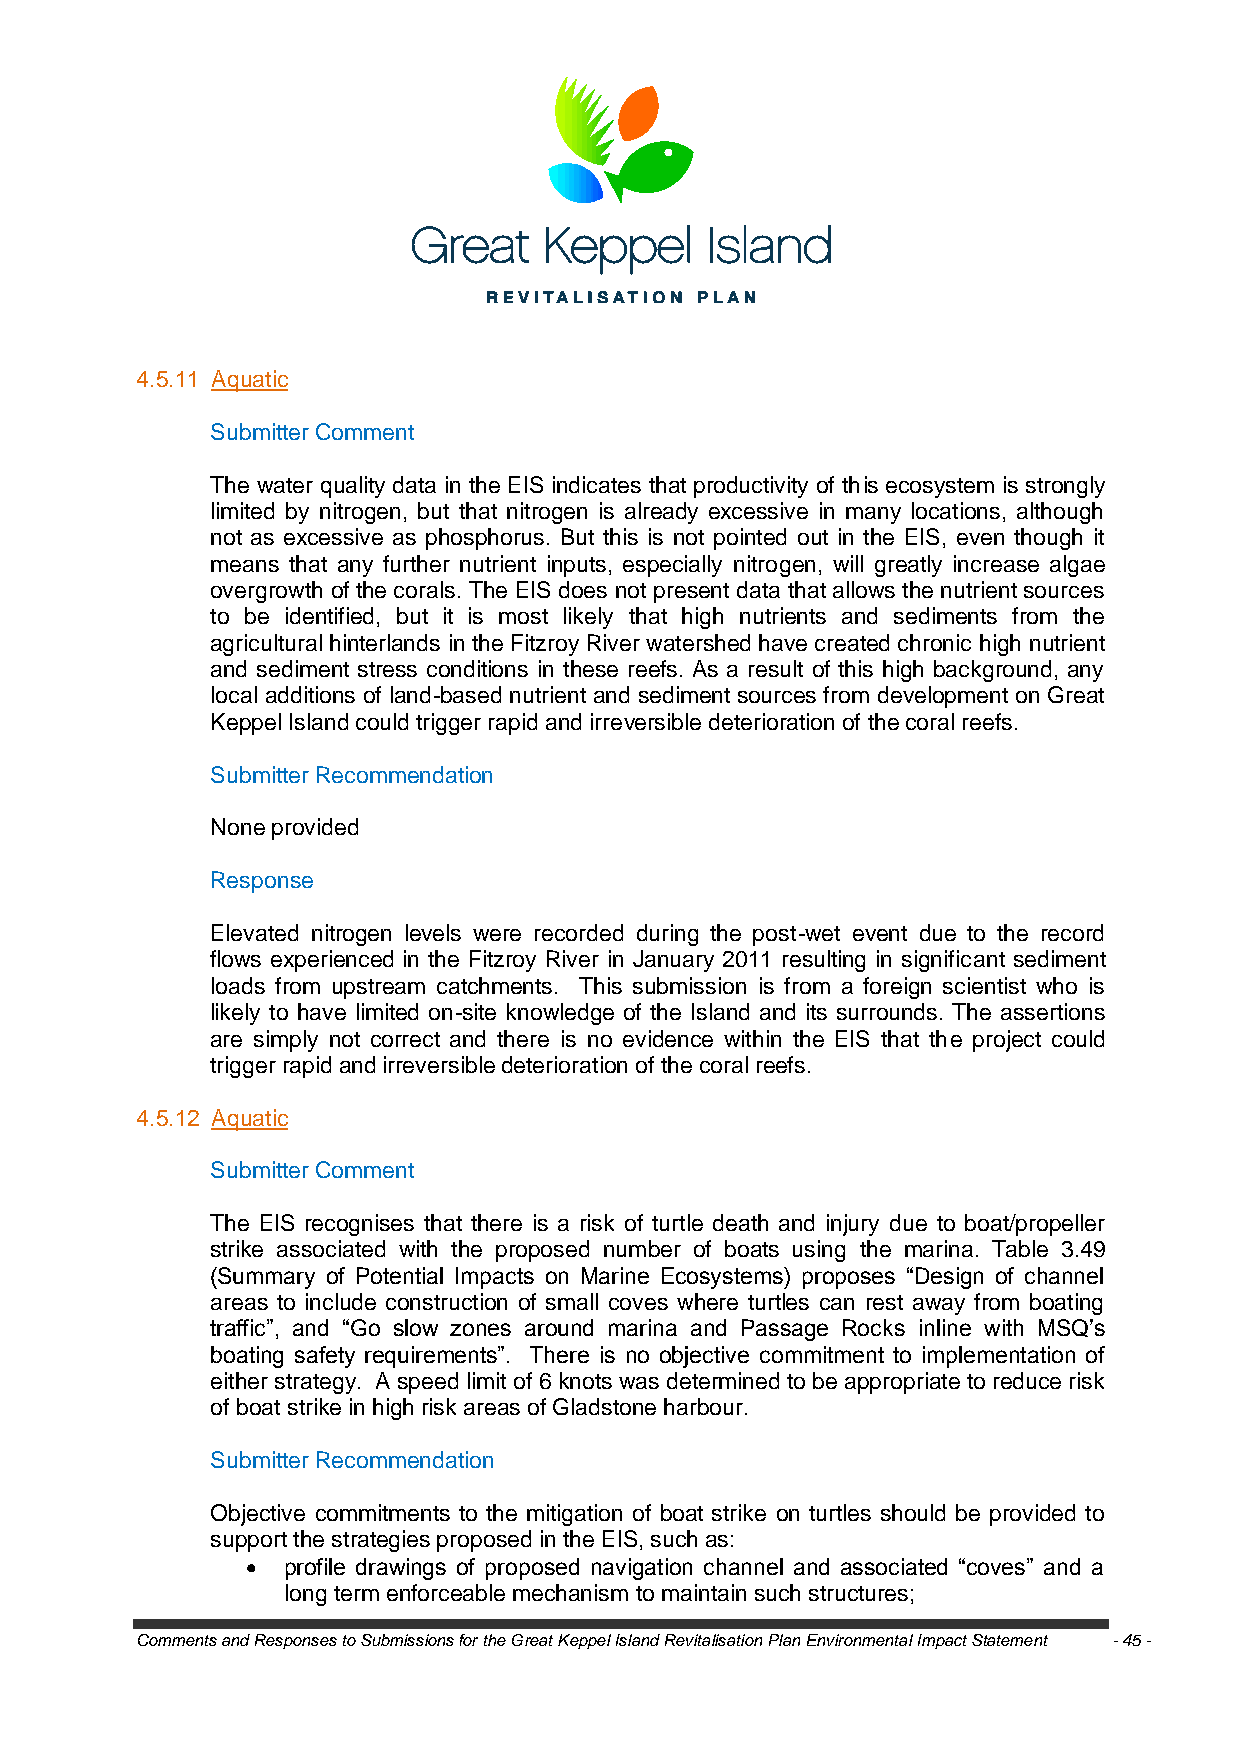
4.5.11 Aquatic
 Submitter Comment
 The water quality data in the EIS indicates that productivity of this ecosystem is strongly
 limited by nitrogen, but that nitrogen is already excessive in many locations, although
 not as excessive as phosphorus. But this is not pointed out in the EIS, even though it
 means that any further nutrient inputs, especially nitrogen, will greatly increase algae
 overgrowth of the corals. The EIS does not present data that allows the nutrient sources
 to be identified, but it is most likely that high nutrients and sediments from the
 agricultural hinterlands in the Fitzroy River watershed have created chronic high nutrient
 and sediment stress conditions in these reefs. As a result of this high background, any
 local additions of land-based nutrient and sediment sources from development on Great
 Keppel Island could trigger rapid and irreversible deterioration of the coral reefs.
 Submitter Recommendation
 None provided
 Response
 Elevated nitrogen levels were recorded during the post-wet event due to the record
 flows experienced in the Fitzroy River in January 2011 resulting in significant sediment
 loads from upstream catchments. This submission is from a foreign scientist who is
 likely to have limited on-site knowledge of the Island and its surrounds. The assertions
 are simply not correct and there is no evidence within the EIS that the project could
 trigger rapid and irreversible deterioration of the coral reefs.
 4.5.12 Aquatic
 Submitter Comment
 The EIS recognises that there is a risk of turtle death and injury due to boat/propeller
 strike associated with the proposed number of boats using the marina. Table 3.49
 (Summary of Potential Impacts on Marine Ecosystems) proposes ―Design of channel
 areas to include construction of small coves where turtles can rest away from boating
 traffic‖, and ―Go slow zones around marina and Passage Rocks inline with MSQ‘s
 boating safety requirements‖. There is no objective commitment to implementation of
 either strategy. A speed limit of 6 knots was determined to be appropriate to reduce risk
 of boat strike in high risk areas of Gladstone harbour.
 Submitter Recommendation
 Objective commitments to the mitigation of boat strike on turtles should be provided to
 support the strategies proposed in the EIS, such as:
   profile drawings of proposed navigation channel and associated ―coves‖ and a
 long term enforceable mechanism to maintain such structures;
 Comments and Responses to Submissions for the Great Keppel Island Revitalisation Plan Environmental Impact Statement - 45 -